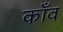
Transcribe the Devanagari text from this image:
काँव